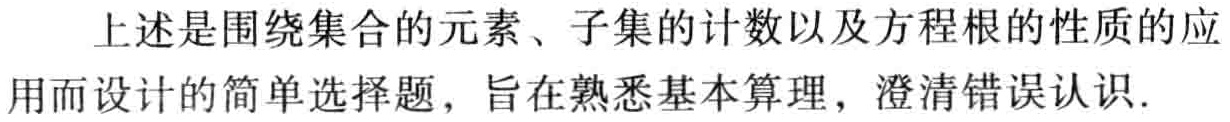
上述是围绕集合的元素、子集的计数以及方程根的性质的应用而设计的简单选择题，旨在熟悉基本算理，澄清错误认识.